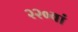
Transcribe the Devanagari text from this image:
२२०वां